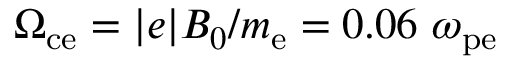
\Omega _ { \mathrm { c e } } = | e | B _ { 0 } / m _ { \mathrm { e } } = 0 . 0 6 ~ \omega _ { \mathrm { p e } }